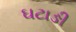
ઘટાઙી